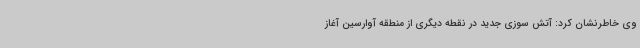
وی خاطرنشان کرد: آتش سوزی جدید در نقطه دیگری از منطقه آوارسین آغاز